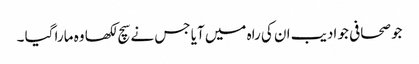
جو صحافی جو ادیب ان کی راہ میں آیا جس نے سچ لکھا وہ مارا گیا ۔